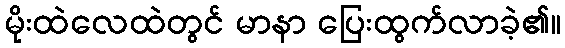
မိုးထဲလေထဲတွင် မာနာ ပြေးထွက်လာခဲ့၏။